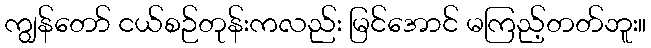
ကျွန်တော် ငယ်စဉ်တုန်းကလည်း မြင်အောင် မကြည့်တတ်ဘူး။